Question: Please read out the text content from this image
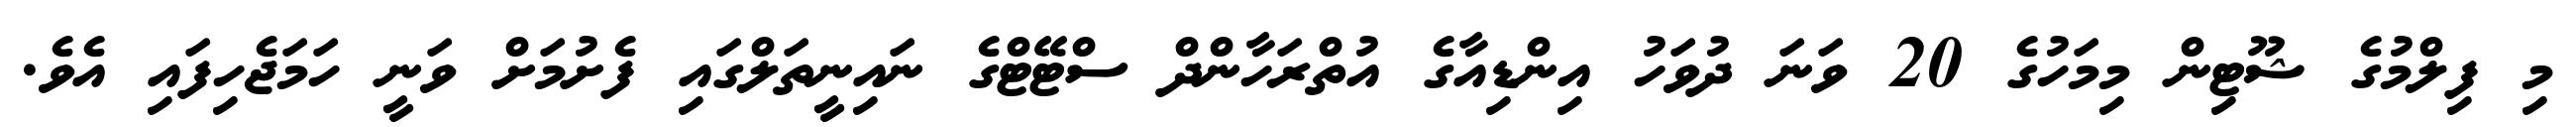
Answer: މި ފިލްމުގެ ޝޫޓިން މިމަހުގެ 20 ވަނަ ދުވަހު އިންޑިއާގެ އުތްރަހާންދް ސްޓޭޓްގެ ނައިނީތަލްގައި ފެށުމަށް ވަނީ ހަމަޖެހިފައި އެވެ.